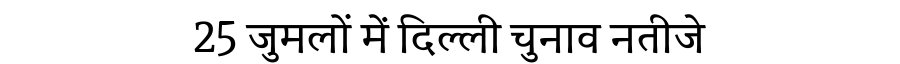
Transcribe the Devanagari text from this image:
25 जुमलों में दिल्ली चुनाव नतीजे